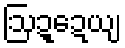
ဩဍ္ဍေယျ